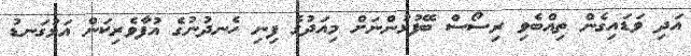
އަދި ވަޑައިގެން ތިއްބެވި ރިސޯސް ބޭފުޅުންނަށް މިއަދުގެ ފިނި ހެނދުނުގެ އުފާވެރިކަން އަޅުގަނޑު